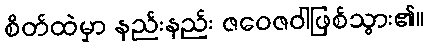
စိတ်ထဲမှာ နည်းနည်း ဇဝေဇဝါဖြစ်သွား၏။